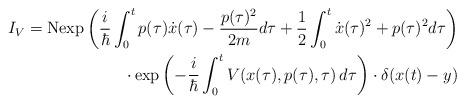
LaTeX: \begin{align*}I_V = {\rm Nexp}\left( \frac{i}{\hbar}\int_0^t p(\tau) \dot{x}(\tau) -\frac{p(\tau)^2}{2m} d\tau +\frac{1}{2}\int_0^t \dot{x}(\tau)^2 +p(\tau)^2 d\tau\right)\\ \cdot \exp\left(-\frac{i}{\hbar} \int_0^t V(x(\tau),p(\tau),\tau) \, d\tau\right) \cdot \delta(x(t)-y)\end{align*}